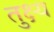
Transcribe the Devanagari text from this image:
तुक्ष्य